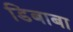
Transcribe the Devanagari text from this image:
डिबाबा